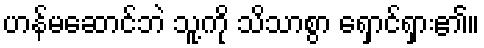
ဟန်မဆောင်ဘဲ သူ့ကို သိသာစွာ ရှောင်ရှား၏။